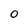
Character: O